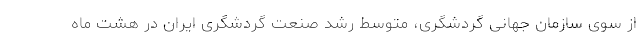
از سوی سازمان جهانی گردشگری، متوسط رشد صنعت گردشگری ایران در هشت ماه